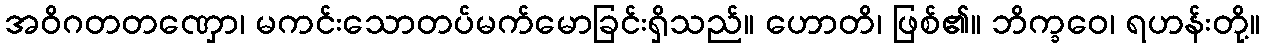
အဝိဂတတဏှော၊ မကင်းသောတပ်မက်မောခြင်းရှိသည်။ ဟောတိ၊ ဖြစ်၏။ ဘိက္ခဝေ၊ ရဟန်းတို့။